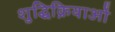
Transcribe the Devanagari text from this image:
शुद्धिक्रियाओं